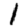
Digit: 1